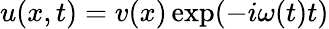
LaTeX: u(x,t)=v(x)\exp(-i\omega(t)t)